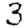
Digit: 3